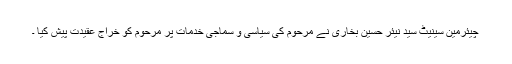
چیئرمین سینیٹ سید نیئر حسین بخاری نے مرحوم کی سیاسی و سماجی خدمات پر مرحوم کو خراج عقیدت پیش کیا ۔